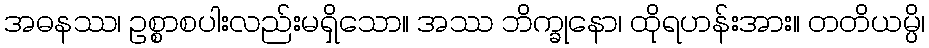
အဓနဿ၊ ဥစ္စာစပါးလည်းမရှိသော။ အဿ ဘိက္ခုနော၊ ထိုရဟန်းအား။ တတိယမ္ပိ၊